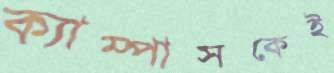
ক্যাম্পাসকেই